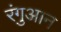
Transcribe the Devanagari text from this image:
रंगुआन